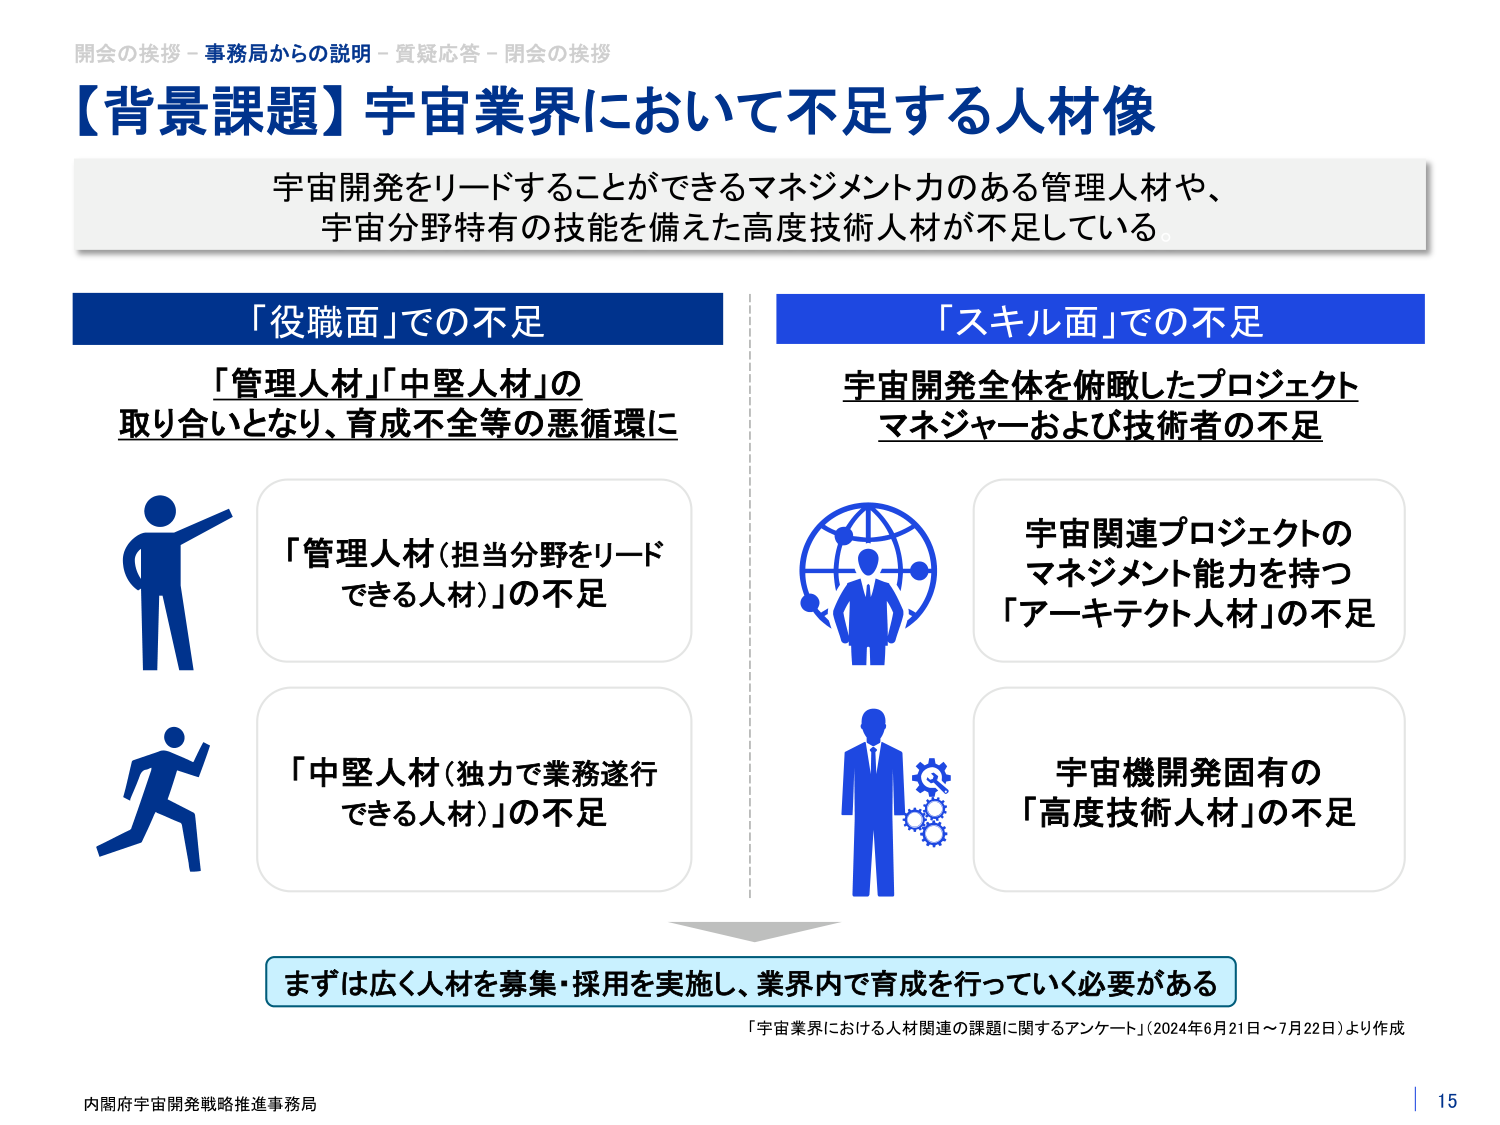
開会の挨拶－事務局からの説明－質疑応答－閉会の挨拶
【背景課題】宇宙業界において不足する人材像
宇宙開発をリードすることができるマネジメント力のある管理人材や、
宇宙分野特有の技能を備えた高度技術人材が不足している

「役職面」での不足
「管理人材」「中堅人材」の
取り合いとなり、育成不全等の悪循環に

「管理人材（担当分野をリードできる人材）」の不足
「中堅人材（独力で業務遂行できる人材）」の不足

「スキル面」での不足
宇宙開発全体を俯瞰したプロジェクト
マネジャーおよび技術者の不足

宇宙関連プロジェクトの
マネジメント能力を持つ
「アーキテクト人材」の不足

宇宙機開発固有の
「高度技術人材」の不足

まずは広く人材を募集・採用を実施し、業界内で育成を行っていく必要がある
「宇宙業界における人材関連の課題に関するアンケート」（2024年6月21日～7月22日）より作成

内閣府宇宙開発戦略推進事務局
15